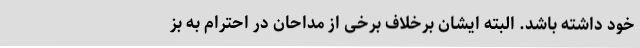
خود داشته باشد. البته ایشان برخلاف برخی از مداحان در احترام به بز